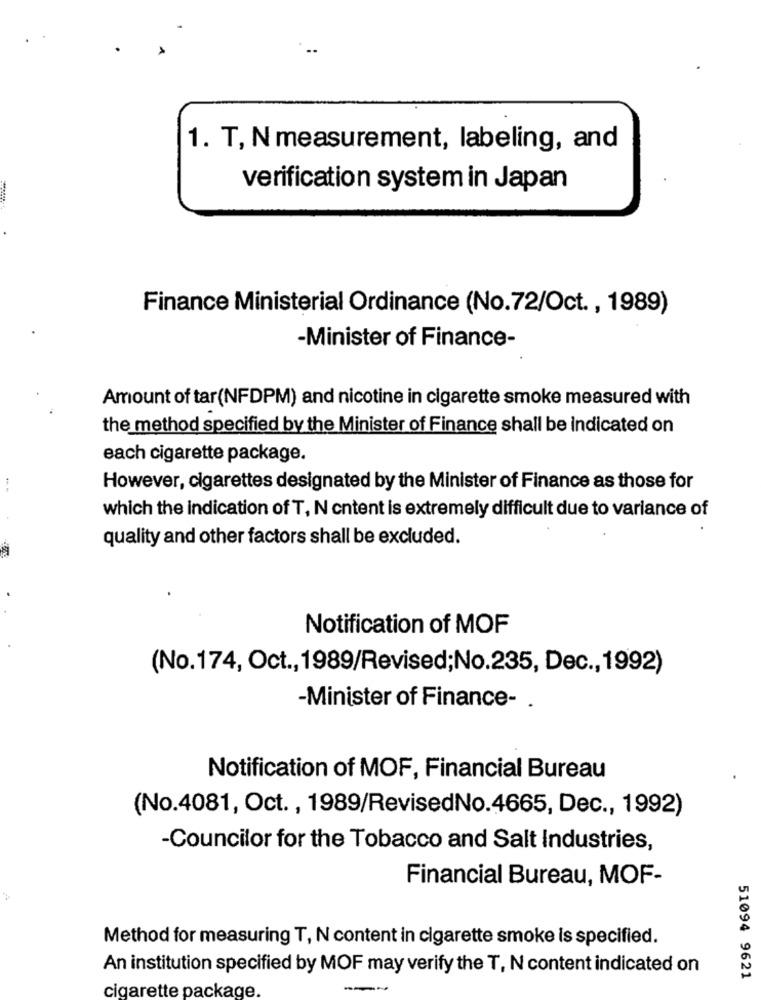
1. T, N measurement, labeling, and
verification system in Japan
Finance Ministerial Ordinance (No.72/Oct ., 1989)
-Minister of Finance-
Amount of tar(NFDPM) and nicotine in cigarette smoke measured with
the method specified by the Minister of Finance shall be indicated on
each cigarette package.
However, cigarettes designated by the Minister of Finance as those for
which the indication of T, N cntent is extremely difficult due to variance of
quality and other factors shall be excluded.
.
Notification of MOF
(No.174, Oct ., 1989/Revised;No.235, Dec ., 1992)
-Minister of Finance- .
Notification of MOF, Financial Bureau
(No.4081, Oct ., 1989/RevisedNo.4665, Dec ., 1992)
-Councilor for the Tobacco and Salt Industries,
Financial Bureau, MOF-
Method for measuring T, N content in cigarette smoke is specified.
An institution specified by MOF may verify the T, N content indicated on
51094 9621
cigarette package.